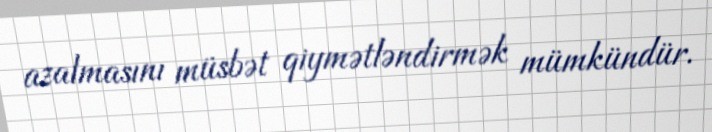
azalmasını müsbət qiymətləndirmək mümkündür.